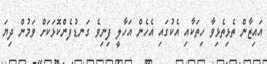
އައިޒާން ތެޅިތެޅިވާ ހިތަކާއި އެކުގައި އެހެން އަހާލީ ފިނިވެ ގަނޑުފެންކޮޅަކަށް ވަމުން ދިޔަ